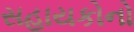
સહાયકોનો